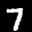
Label: 7